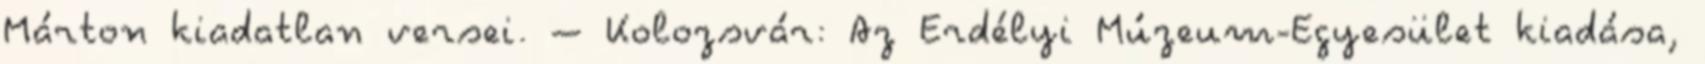
Márton kiadatlan versei. – Kolozsvár: Az Erdélyi Múzeum-Egyesület kiadása,